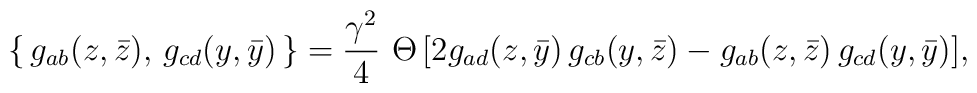
\{\,g_{ab}(z,\bar z),\, g_{cd}(y,\bar y)\,\}=\frac{\gamma^2}{4}\,\,\Theta\,[2 g_{ad}(z,\bar y)\,g_{cb}(y,\bar z)-g_{ab}(z,\bar z)\,g_{cd}(y,\bar y)],